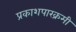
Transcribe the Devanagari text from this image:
प्रकाशपारक्रमी